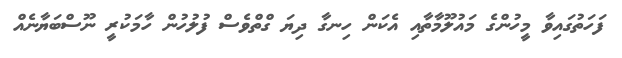
ފަހަތުގައިވާ މީހުންގެ މައުލޫމާތާއި އެކަން ހިނގާ ދިޔަ ގްތްވެސް ފުލުހުން ހާމަކުރީ ނޫސްބަޔާނެއް